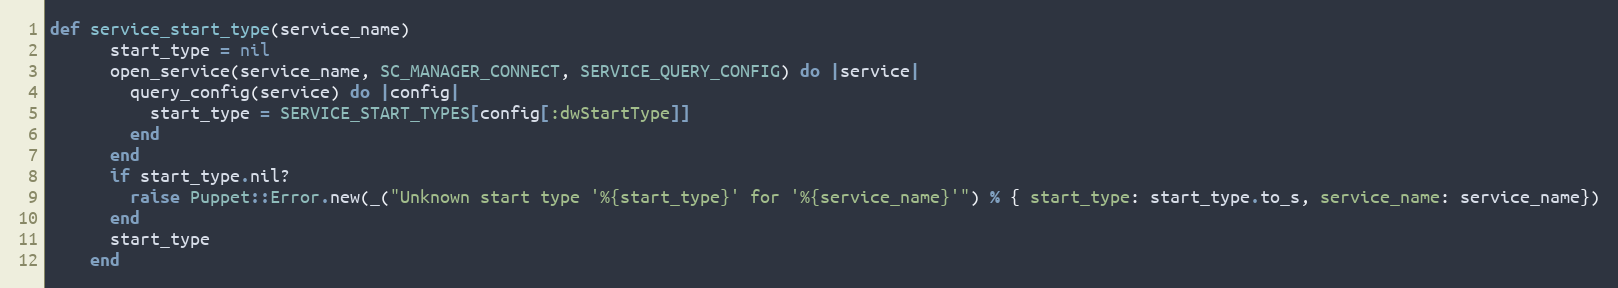
Language: Ruby
def service_start_type(service_name)
      start_type = nil
      open_service(service_name, SC_MANAGER_CONNECT, SERVICE_QUERY_CONFIG) do |service|
        query_config(service) do |config|
          start_type = SERVICE_START_TYPES[config[:dwStartType]]
        end
      end
      if start_type.nil?
        raise Puppet::Error.new(_("Unknown start type '%{start_type}' for '%{service_name}'") % { start_type: start_type.to_s, service_name: service_name})
      end
      start_type
    end